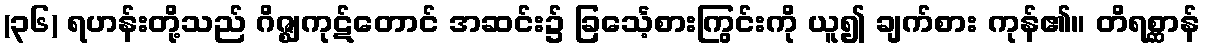
(၃၆) ရဟန်းတို့သည် ဂိဇ္ဈကုဋ်တောင် အဆင်း၌ ခြင်္သေ့စားကြွင်းကို ယူ၍ ချက်စား ကုန်၏။ တိရစ္ဆာန်